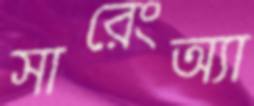
সারেংঅ্যা